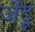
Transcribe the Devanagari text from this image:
जेंटू